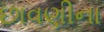
છાવણીના